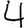
Digit: 4